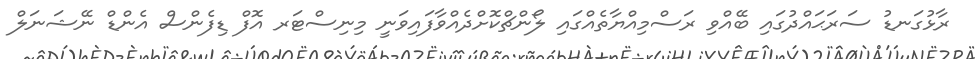
ރާޅުގަނޑު ސަރަޙައްދުގައި ބޭއްވި ރަސްމިއްޔާތެއްގައި ލޯންޗްކޮށްދެއްވާފައިވަނީ މިނިސްޓަރ އޮފް ޑިފެންސް އެންޑް ނޭޝަނަލް